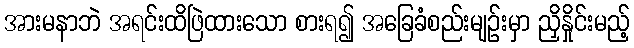
အားမနာဘဲ အရင်းထိဖြဲထားသော စားရ၍ အခြေခံစည်းမျဉ်းမှာ ညှိနှိုင်းမည့်